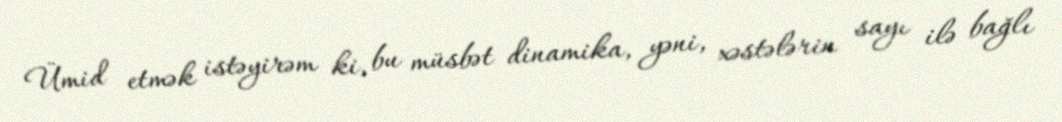
Ümid etmək istəyirəm ki, bu müsbət dinamika, yəni, xəstələrin sayı ilə bağlı